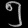
Digit: ၅